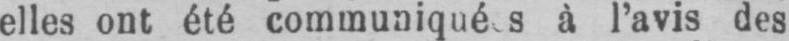
à l’avis des